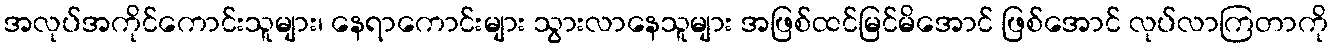
အလုပ်အကိုင်ကောင်းသူများ၊ နေရာကောင်းများ သွားလာနေသူများ အဖြစ်ထင်မြင်မိအောင် ဖြစ်အောင် လုပ်လာကြတာကို